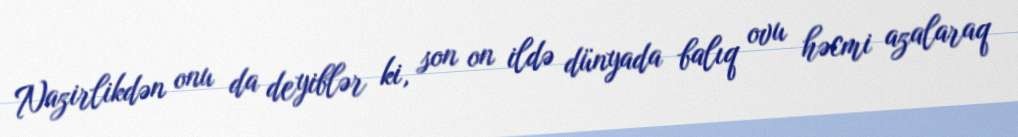
Nazirlikdən onu da deyiblər ki, son on ildə dünyada balıq ovu həcmi azalaraq